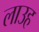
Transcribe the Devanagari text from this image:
लाउह